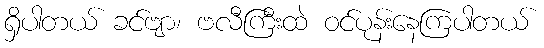
ရှိပါတယ် ခင်ဗျာ၊ ဗလီကြီးထဲ ဝင်ပုန်းနေကြပါတယ်